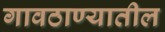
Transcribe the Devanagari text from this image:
गावठाण्यातील